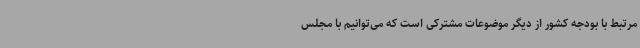
مرتبط با بودجه کشور از دیگر موضوعات مشترکی است که می‌توانیم با مجلس